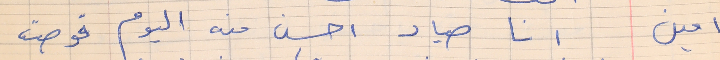
امين    انا صياد احسن منه اليوم قوصت